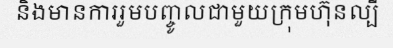
និងមានការរួមបញ្ចូលជាមួយក្រុមហ៊ុនល្បី